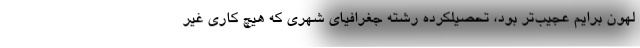
لهون برايم عجيب‌تر بود، تحصيلكرده رشته جغرافياي شهري كه هيچ كاري غير